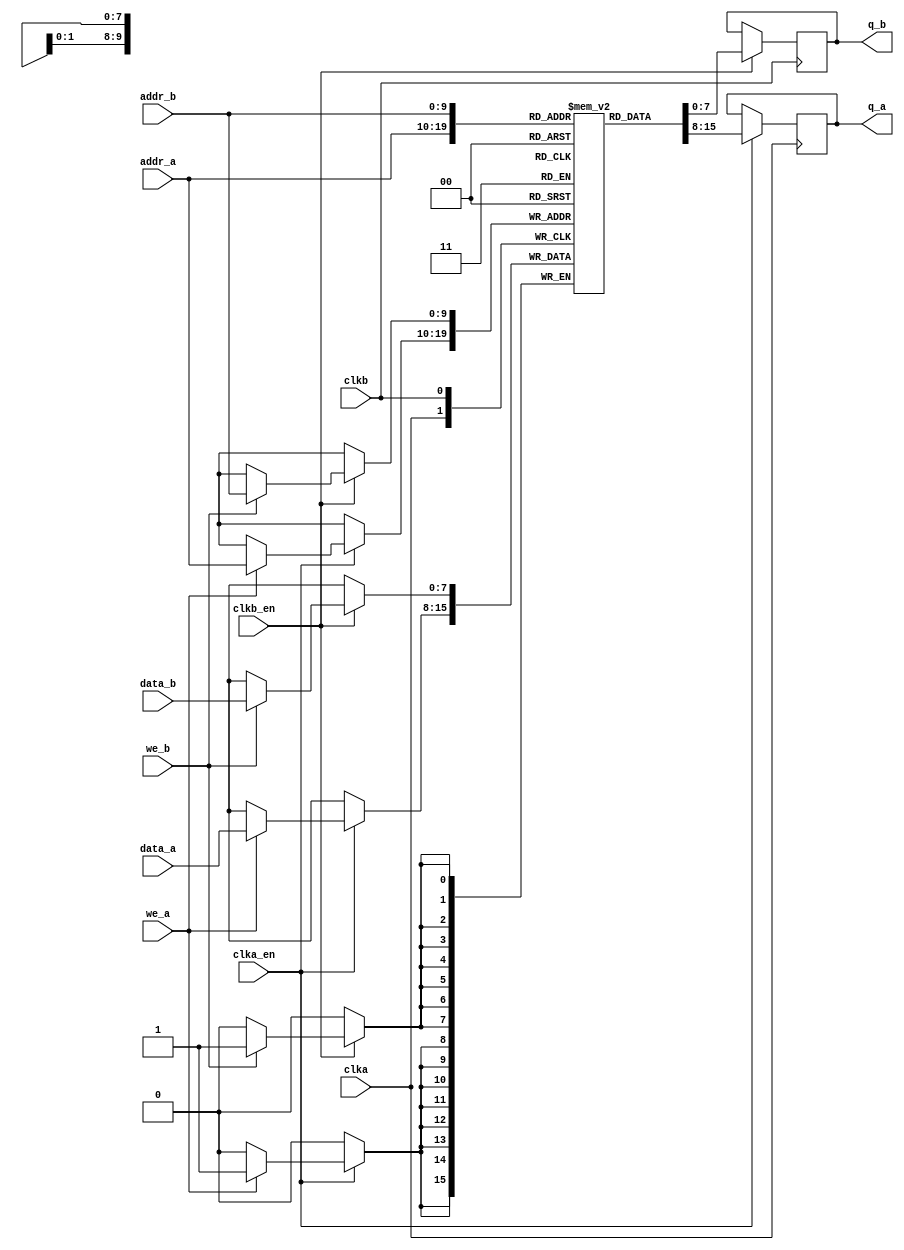
/*  This file is part of JT_GNG.
    JT_GNG program is free software: you can redistribute it and/or modify
    it under the terms of the GNU General Public License as published by
    the Free Software Foundation, either version 3 of the License, or
    (at your option) any later version.

    JT_GNG program is distributed in the hope that it will be useful,
    but WITHOUT ANY WARRANTY; without even the implied warranty of
    MERCHANTABILITY or FITNESS FOR A PARTICULAR PURPOSE.  See the
    GNU General Public License for more details.

    You should have received a copy of the GNU General Public License
    along with JT_GNG.  If not, see <http://www.gnu.org/licenses/>.

    Author: Jose Tejada Gomez. Twitter: @topapate
    Version: 1.0
    Date: 23-12-2018 */

module jtframe_dual_clk_ram #(parameter dw=8, aw=10)(
    input   clka,
    input   clka_en,
    input   clkb,
    input   clkb_en,
    input   [dw-1:0] data_a,
    input   [dw-1:0] data_b,
    input   [aw-1:0] addr_a,
    input   [aw-1:0] addr_b,
    input   we_a,
    input   we_b,
    output reg [dw-1:0] q_a,
    output reg [dw-1:0] q_b
);

reg [dw-1:0] mem[0:(2**aw)-1];

`ifdef SIMULATION
initial begin : clr_mem
    integer cnt;
    for( cnt=0; cnt<(2**aw); cnt=cnt+1 ) mem[cnt]=0;
end
`endif

always @(posedge clka) if(clka_en) begin
    q_a <= mem[addr_a];
    if(we_a) mem[addr_a] <= data_a;
end

always @(posedge clkb) if(clkb_en) begin
    q_b <= mem[addr_b];
    if(we_b) mem[addr_b] <= data_b;
end

endmodule // jtframe_ram